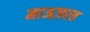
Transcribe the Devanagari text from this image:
माअज़रत